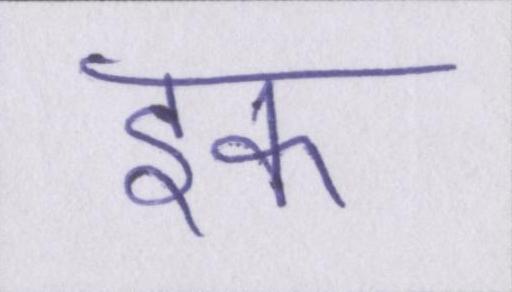
इक